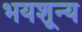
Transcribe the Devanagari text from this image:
भयशून्य